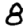
Digit: 8